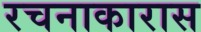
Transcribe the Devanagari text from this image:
रचनाकारास